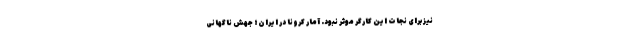
نیز برای نجات این کارگر موثر نبود. آمار کرونا در ایران؛ جهش ناگهانی